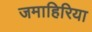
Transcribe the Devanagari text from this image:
जमाहिरिया